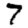
Digit: 7